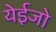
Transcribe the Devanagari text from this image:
येईजो